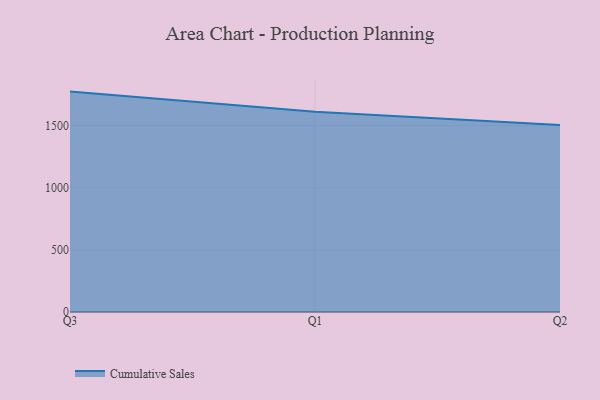
{"axis": {"x": "Quarter", "y": "Bounce Rate (%)"}, "legend": ["Cumulative Sales"], "data": [{"x": "Q3", "y": 1773.1, "type": "Cumulative Sales"}, {"x": "Q1", "y": 1610.3, "type": "Cumulative Sales"}, {"x": "Q2", "y": 1504.9, "type": "Cumulative Sales"}]}